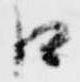
口